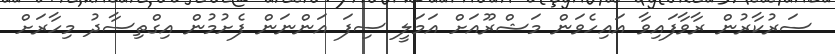
ސަރުކާރުން ރާވާފައިވާ އައިހެވަން މަޝްރޫއަށް އަމަލީ ސިފަ އަންނަން ފެށުމުން އިގްތިސާދު މިހާރަށް